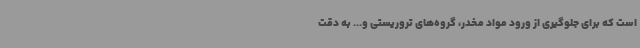
است که برای جلوگیری از ورود مواد مخدر، گروه‌های تروریستی و... به دقت